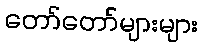
တော်တော်များများ